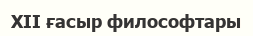
XII ғасыр философтары